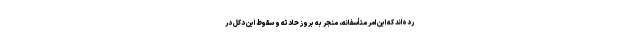
رده‌اند که این امر متأسفانه، منجر به بروز حادثه و سقوط این دکل در